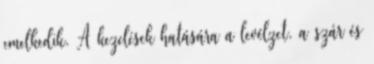
emelkedik. A kezelések hatására a levélzet, a szár és